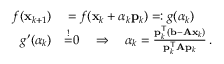
\begin{array} { r l } { f ( \mathbf { x } _ { k + 1 } ) } & { { } = f ( \mathbf { x } _ { k } + \alpha _ { k } \mathbf { p } _ { k } ) = : g ( \alpha _ { k } ) } \\ { g ^ { \prime } ( \alpha _ { k } ) } & { { } { \overset { ! } { = } } 0 \quad \Rightarrow \quad \alpha _ { k } = { \frac { \mathbf { p } _ { k } ^ { \mathsf { T } } ( \mathbf { b } - \mathbf { A x } _ { k } ) } { \mathbf { p } _ { k } ^ { \mathsf { T } } \mathbf { A } \mathbf { p } _ { k } } } \, . } \end{array}